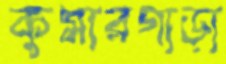
কুমারগাড়া